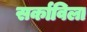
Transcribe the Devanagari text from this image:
सर्काविला